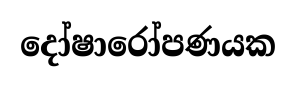
දෝෂාරෝපණයක